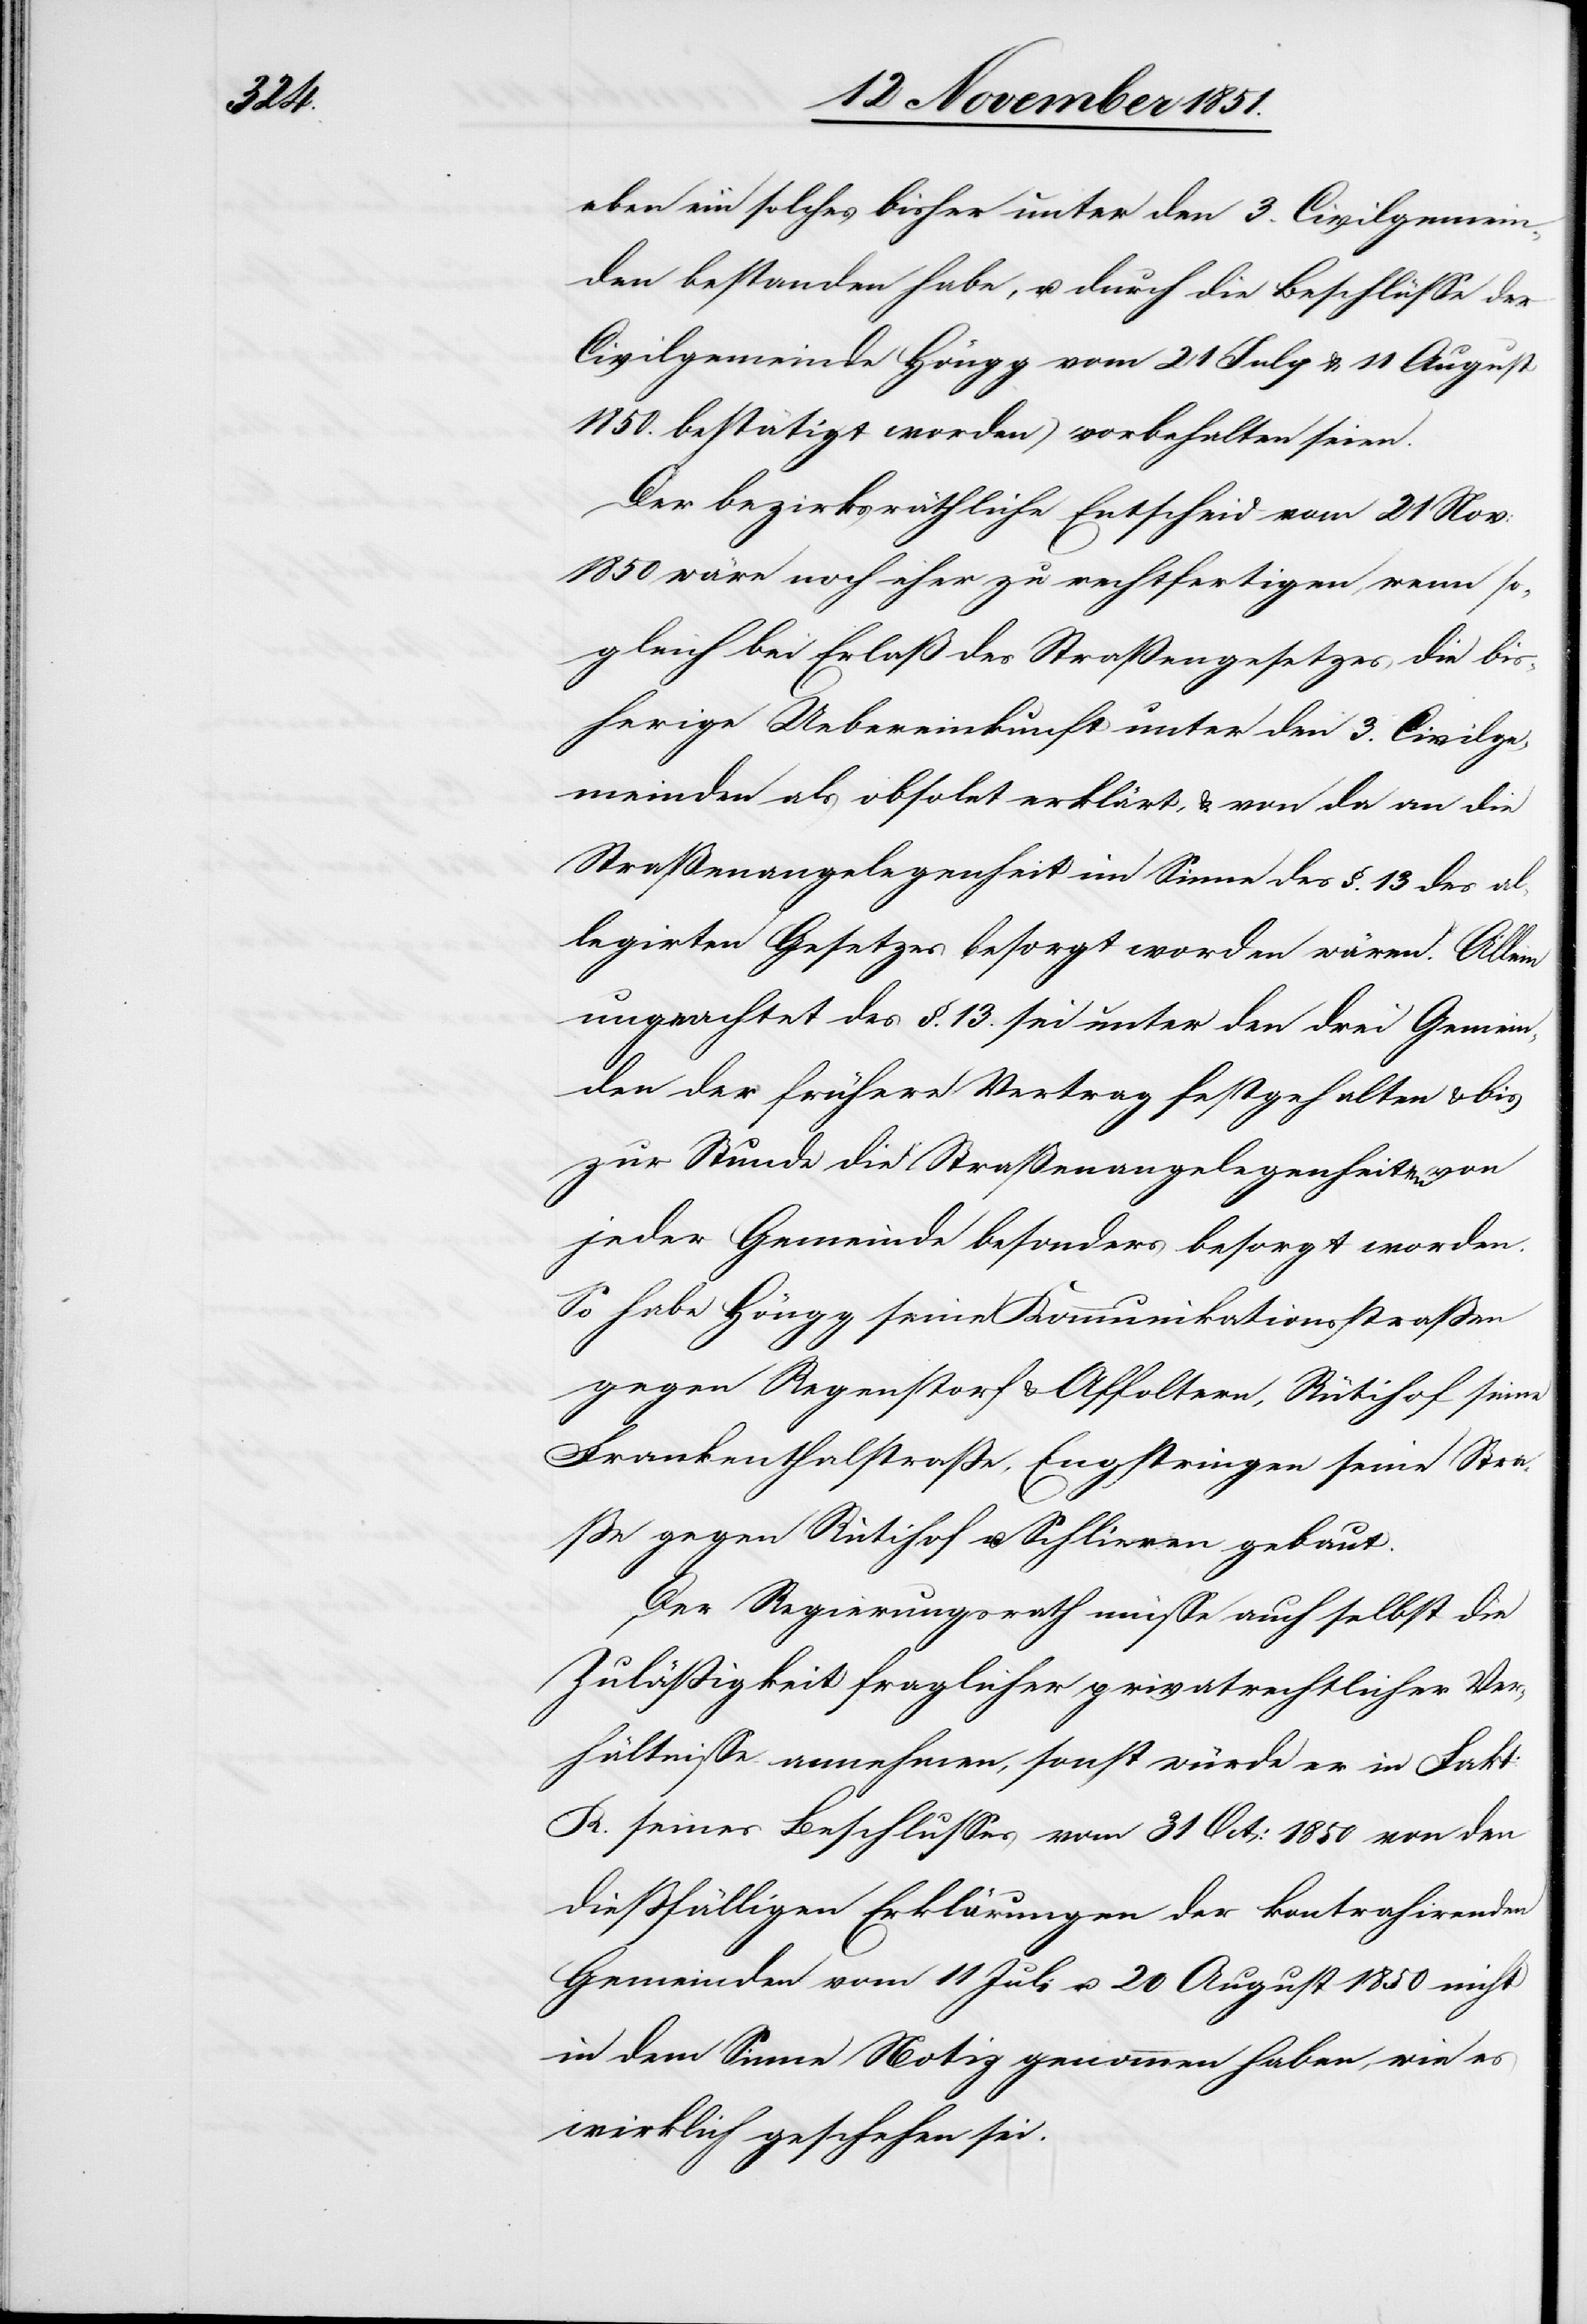
eben ein solches bisher unter den 3. Civilgemein¬
den bestanden habe, u. durch die Beschlüsse der
Civilgemeinde Höngg vom 21 July & 11 August
1850. bestätigt worden) vorbehalten seien.
Der bezirksräthliche Entscheid vom 21 Nov:
1850 wäre noch eher zu rechtfertigen, wenn so¬
gleich bei Erlaß des Straßengesetzes die bis¬
herige Uebereinkunft unter den 3. Civilge¬
meinden als obsolet erklärt, & von da an die
Straßenangelegenheit im Sinne des §. 13 des al¬
legirten Gesetzes besorgt worden wären. Allein
ungeachtet des §. 13. sei unter den drei Gemein¬
den der frühere Vertrag festgehalten & bis
zur Stunde die Straßenangelegenheiten von
jeder Gemeinde besonders besorgt worden.
So habe Höngg seine Kommunikationsstraßen
gegen Regenstorf & Affoltern, Rütihof seine
Frankenthalstraße, Engstringen seine Stra¬
ße gegen Rütihof u. Schlieren gebaut.
Der Regierungsrath müsse auch selbst die
Zuläßigkeit fraglicher privatrechtlicher Ver¬
hältnisse annehmen, sonst würde er in Fakt:
R. seines Beschlusses vom 31 Oct: 1850 von den
dießfälligen Erklärungen der kontrahirenden
Gemeinden vom 11 Juli u. 20 August 1850 nicht
in dem Sinne Notiz genommen haben, wie es
wirklich geschehen sei.